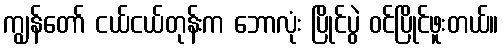
ကျွန်တော် ငယ်ငယ်တုန်းက ဘောလုံး ပြိုင်ပွဲ ဝင်ပြိုင်ဖူးတယ်။